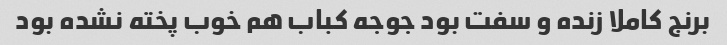
برنج کاملا زنده و سفت بود جوجه کباب هم خوب پخته نشده بود